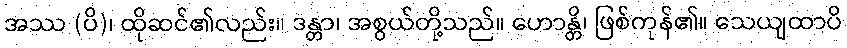
အဿ (ပိ)၊ ထိုဆင်၏လည်း။ ဒန္တာ၊ အစွယ်တို့သည်။ ဟောန္တိ၊ ဖြစ်ကုန်၏။ သေယျထာပိ